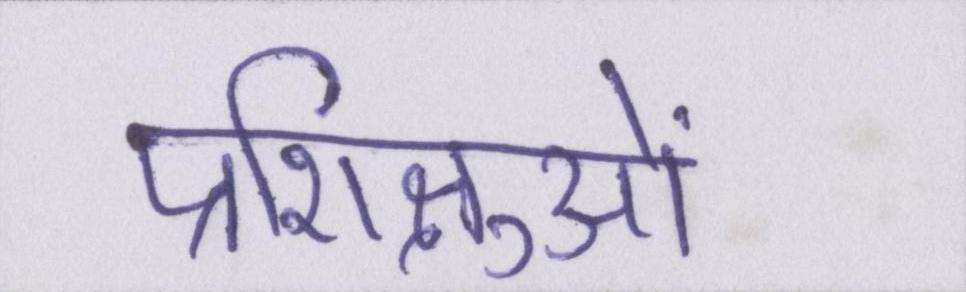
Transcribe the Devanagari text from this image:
प्रशिक्षुओं